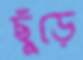
ছুঁড়ে